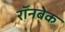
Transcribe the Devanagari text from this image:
रॉनबेक